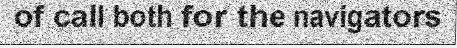
of call both for the navigators